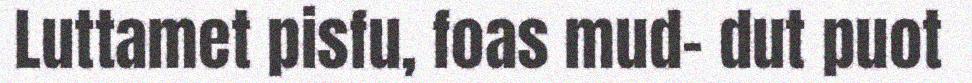
Luttamet pisfu, foas mud- dut puot